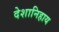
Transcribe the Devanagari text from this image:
देशानिहाय